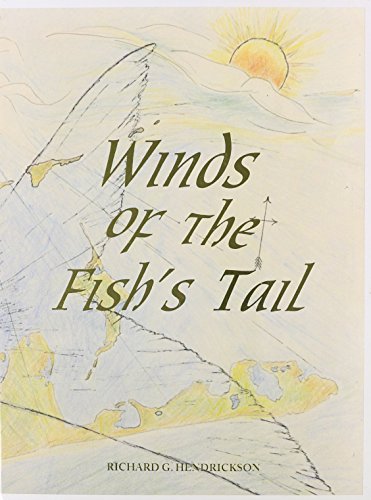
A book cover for Winds of the Fish's Tail; Richard G. Hendrickson; Sports & Outdoors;